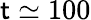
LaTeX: \mathsf{t}\simeq100